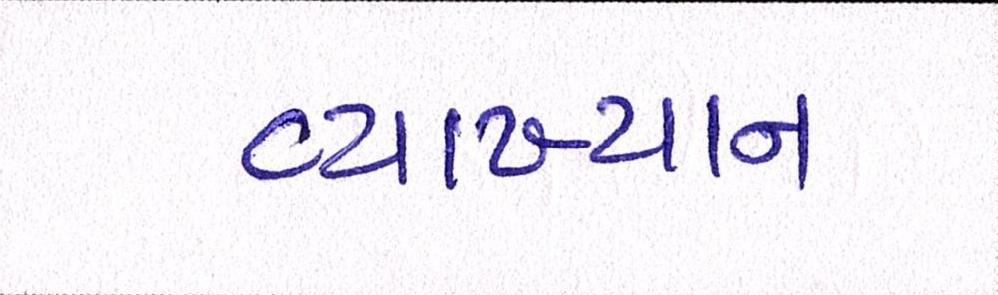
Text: વ્યાખ્યાન